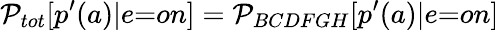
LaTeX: \mathcal{P}_{{tot}}[p^{\prime}(a)|{e}{=}{on}]=\mathcal{P}_{BCDFGH}[p^{\prime}(a)|{e}{=}{on}]